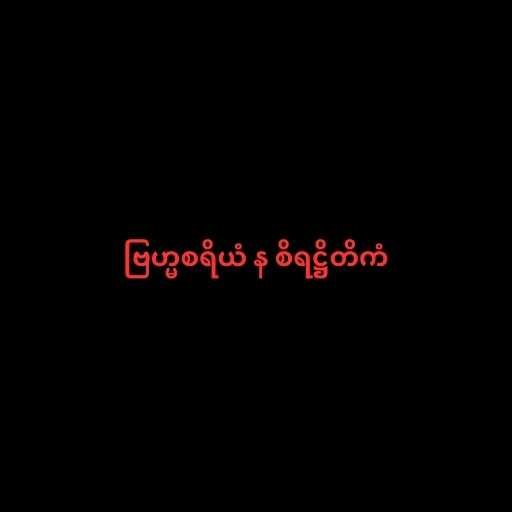
ဗြဟ္မစရိယံ န စိရဋ္ဌိတိကံ